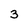
Character: 3